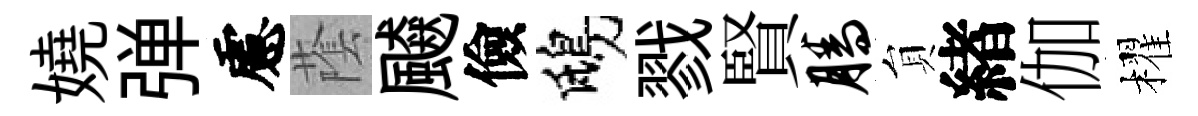
嬈弹慮䕃飇儉鴟戮賢腾貟緖伽櫂